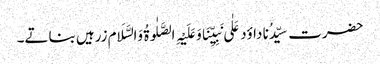
حضرت سیِّدُنا داؤد عَلٰی نَبِیِّنَاوَعَلَیْہِ الصَّلٰوۃُ وَالسَّلَام زرہیں بناتے۔